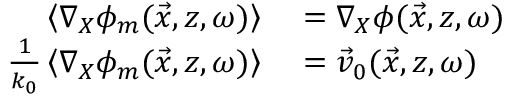
\begin{array} { r l } { \left\langle \nabla _ { X } \phi _ { m } ( \vec { x } , z , \omega ) \right\rangle } & { { } = \nabla _ { X } \phi ( \vec { x } , z , \omega ) } \\ { \frac { 1 } { k _ { 0 } } \left\langle \nabla _ { X } \phi _ { m } ( \vec { x } , z , \omega ) \right\rangle } & { { } = \vec { v } _ { 0 } ( \vec { x } , z , \omega ) } \end{array}